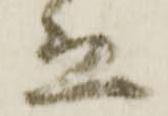
立